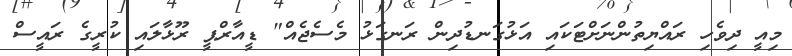
މިއީ ދިވެހި ރައްޔިތުންނަށްޓަކައި އަޅުގަނޑުދިން ރަނގަޅު މެސެޖެއް" ޑީއާރްޕީ ރޫޅާލައި ކުރީގެ ރައީސް